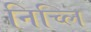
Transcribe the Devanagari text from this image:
निच्लि